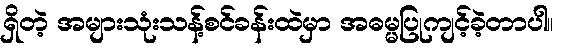
ရှိတဲ့ အများသုံးသန့်စင်ခန်းထဲမှာ အဓမ္မပြုကျင့်ခဲ့တာပါ။